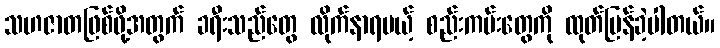
သဟဇာတဖြစ်ဖို့အတွက် ခရီးသည်တွေ လိုက်နာရမယ့် စည်းကမ်းတွေကို ထုတ်ပြန်ခဲ့ပါတယ်။